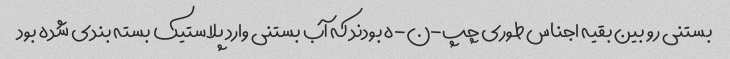
بستنی رو بین بقیه اجناس طوری چپ-ن-ه بودند که آب بستنی وارد پلاستیک بسته بندی شده بود